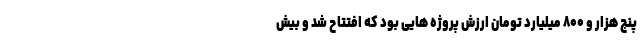
پنج هزار و ۸۰۰ میلیارد تومان ارزش پروژه هایی بود که افتتاح شد و بیش